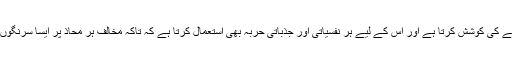
وہ کھیل کے ہر شعبے میں حریف پر غلبہ قائم کرنے کی کوشش کرتا ہے اور اس کے لیے ہر نفسیاتی اور جذباتی حربہ بھی استعمال کرتا ہے کہ تاکہ مخالف ہر محاذ پر ایسا سرنگوں ہوجائے کہ وہ چاہتے ہوئے بھی سر نہ اٹھا سکے۔